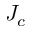
J _ { c }